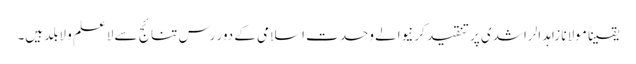
یقیناً مولانا زاہد الراشدی پر تنقید کرنیوالے وحدت اسلامی کے دور رس تنائج سے لاعلم و لابلد ہیں۔